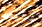
سألتقط